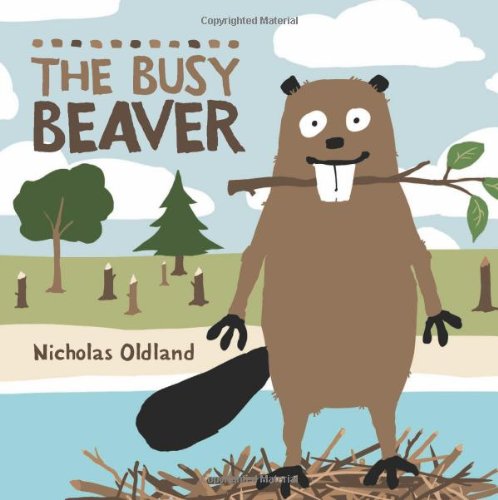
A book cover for The Busy Beaver (Life in the Wild); Nicholas Oldland; Children's Books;